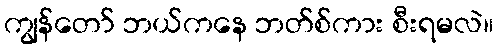
ကျွန်တော် ဘယ်ကနေ ဘတ်စ်ကား စီးရမလဲ။